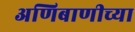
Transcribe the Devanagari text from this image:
अणिबाणीच्या